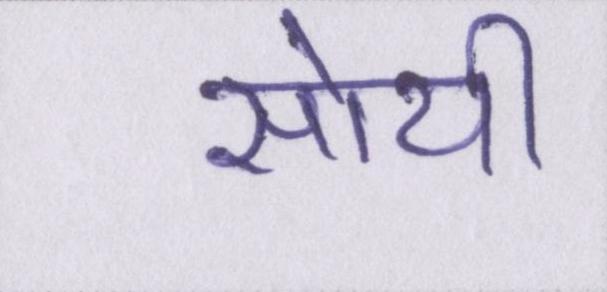
सोयी